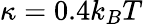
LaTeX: \kappa=0.4k_{B}T